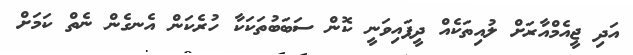
އަދި ޖީއެމްއާރަށް ލުއިތަކެއް ދީފައިވަނީ ކޮން ސަބަބުތަކަކާ ހުރެކަން އެނގެން ނެތް ކަމަށް